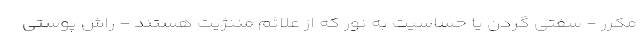
مکرر - سفتی گردن یا حساسیت به نور که از علائم مننژیت هستند - راش پوستی